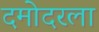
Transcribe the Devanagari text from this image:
दमोदरला